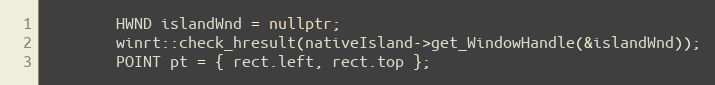
Language: C++
        HWND islandWnd = nullptr;
        winrt::check_hresult(nativeIsland->get_WindowHandle(&islandWnd));
        POINT pt = { rect.left, rect.top };